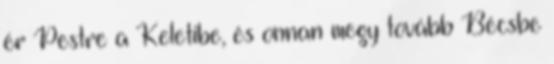
ér Pestre a Keletibe, és onnan megy tovább Bécsbe